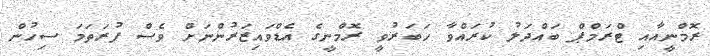
ރޮމްނީއާއި ޓްރަމްޕް ބައްދަލު ކުރައްވާ ހަބަރުވީ ރޮމްނީގެ އެޑްވައިޒަރުންނަށް ވެސް ފުރަތަމަ ސިހުން